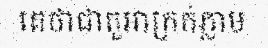
គេថាជាតួអាក្រក់ភ្លាម